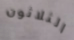
الثلاثون